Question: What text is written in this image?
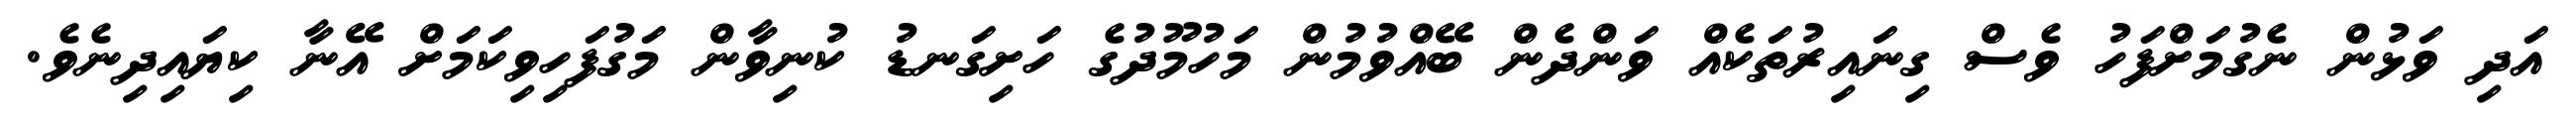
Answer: އަދި ވަޅުން ނެގުމަށްފަހު ވެސް ގިނައިރުތަކެއް ވަންދެން ބޭއްވުމުން މަހުމޫދުގެ ހަށިގަނޑު ކުނިވާން މަގުފަހިވިކަމަށް އޭނާ ކިޔައިދިނެވެ.